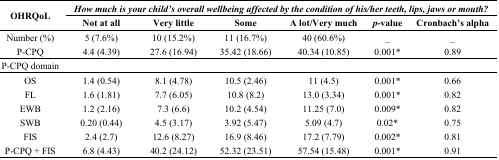
| <ROWSPAN=2> OHRQoL | <COLSPAN=6> How much is your child’s overall wellbeing affected by the condition of his/her teeth, lips, jaws or mouth? |
 | Not at all | Very little | Some | A lot/Very much | p-value | Cronbach’s alpha |
 | --- | --- | --- | --- | --- | --- | --- |
 | Number (%) | 5 (7.6%) | 10 (15.2%) | 11 (16.7%) | 40 (60.6%) | _ | _ |
 | P-CPQ | 4.4 (4.39) | 27.6 (16.94) | 35.42 (18.66) | 40.34 (10.85) | 0.001* | 0.89 |
 | P-CPQ domain |  |  |  |  |  |  |
 | OS | 1.4 (0.54) | 8.1 (4.78) | 10.5 (2.46) | 11 (4.5) | 0.001* | 0.66 |
 | FL | 1.6 (1.81) | 7.7 (6.05) | 10.8 (8.2) | 13.0 (3.34) | 0.001* | 0.82 |
 | EWB | 1.2 (2.16) | 7.3 (6.6) | 10.2 (4.54) | 11.25 (7.0) | 0.009* | 0.82 |
 | SWB | 0.20 (0.44) | 4.5 (3.17) | 3.92 (5.47) | 5.09 (4.7) | 0.02* | 0.75 |
 | FIS | 2.4 (2.7) | 12.6 (8.27) | 16.9 (8.46) | 17.2 (7.79) | 0.002* | 0.81 |
 | P-CPQ + FIS | 6.8 (4.43) | 40.2 (24.12) | 52.32 (23.51) | 57.54 (15.48) | 0.001* | 0.91 |